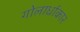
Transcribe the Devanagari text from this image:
गोलार्धाकार